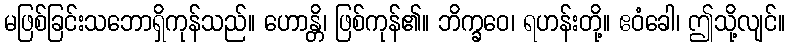
မဖြစ်ခြင်းသဘောရှိကုန်သည်။ ဟောန္တိ၊ ဖြစ်ကုန်၏။ ဘိက္ခဝေ၊ ရဟန်းတို့။ ဧဝံခေါ၊ ဤသို့လျင်။